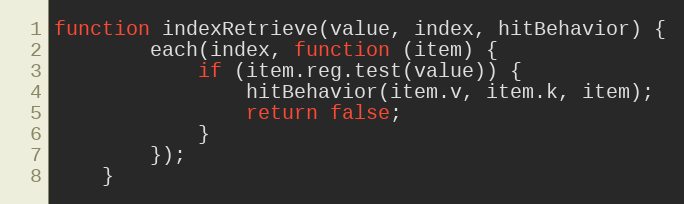
Language: JavaScript
function indexRetrieve(value, index, hitBehavior) {
        each(index, function (item) {
            if (item.reg.test(value)) {
                hitBehavior(item.v, item.k, item);
                return false;
            }
        });
    }